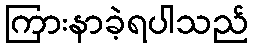
ကြားနာခဲ့ရပါသည်